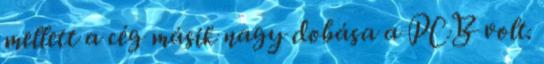
mellett a cég másik nagy dobása a PCB volt.